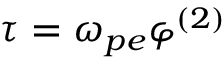
\tau = \omega _ { p e } \varphi ^ { ( 2 ) }